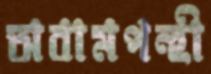
অবামপন্হী